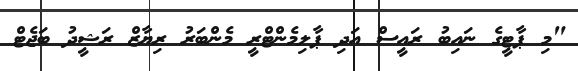
"މި ޕާޓީގެ ނައިބު ރައީސް އަދި ޕާލިމެންޓްރީ މެންބަރު ރިޔާޒް ރަޝީދު ބަޖެޓް